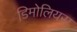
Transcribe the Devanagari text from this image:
डिमोलियस